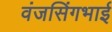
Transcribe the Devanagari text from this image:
वंजसिंगभाई